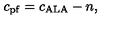
c _ { \mathrm { p f } } = c _ { \mathrm { A L A } } - n ,